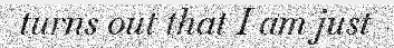
turns out that I am just